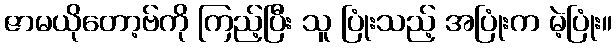
ဇာမယိုတော့ဗ်ကို ကြည့်ပြီး သူ ပြုံးသည့် အပြုံးက မဲ့ပြုံး။